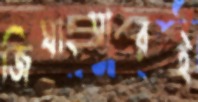
জিঘাংসারই